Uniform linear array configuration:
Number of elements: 4
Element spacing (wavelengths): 0.5
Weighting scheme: blackman
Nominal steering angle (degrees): -30
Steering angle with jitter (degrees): -29.126
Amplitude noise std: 0.05
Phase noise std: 0.05

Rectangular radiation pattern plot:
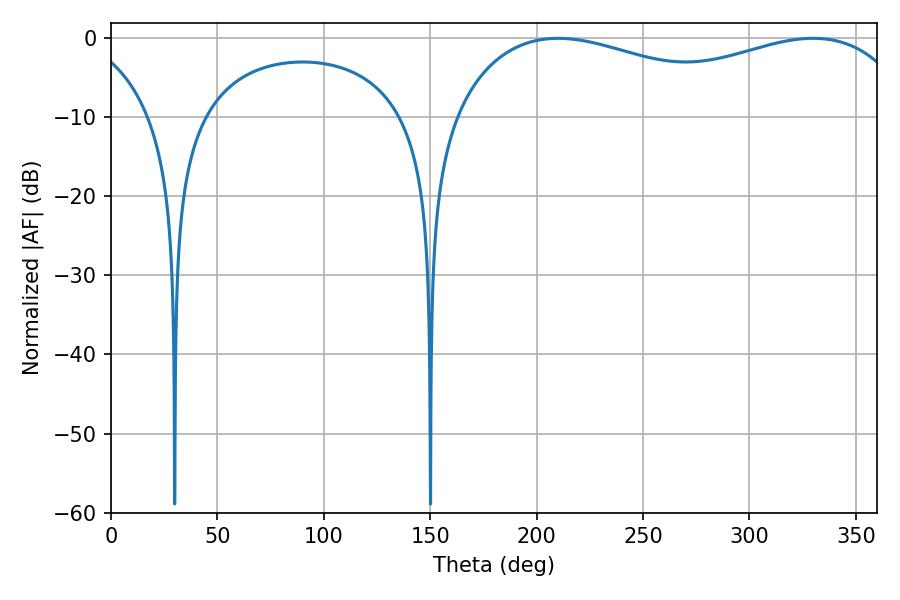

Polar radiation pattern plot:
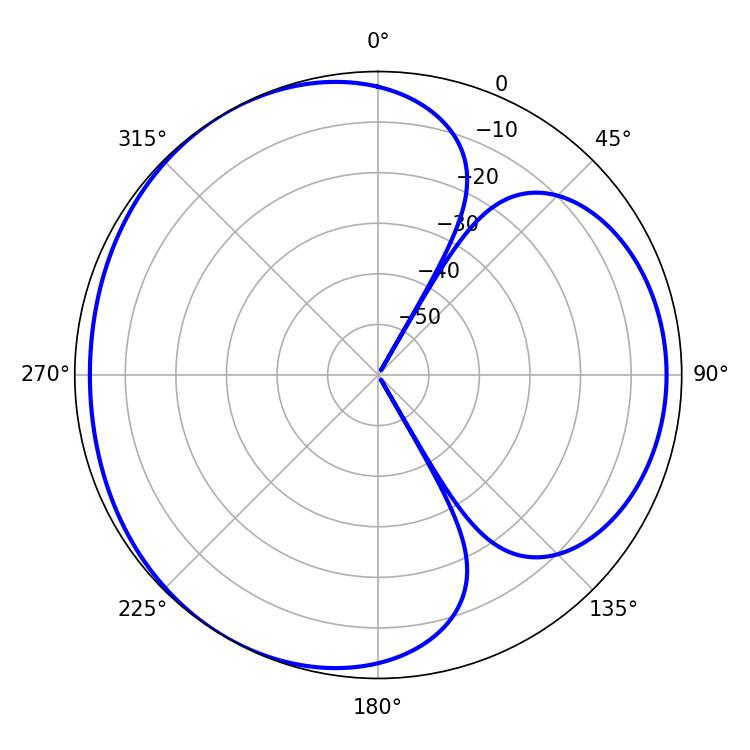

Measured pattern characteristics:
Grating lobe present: FALSE
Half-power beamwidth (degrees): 179.64
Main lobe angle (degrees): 210.06